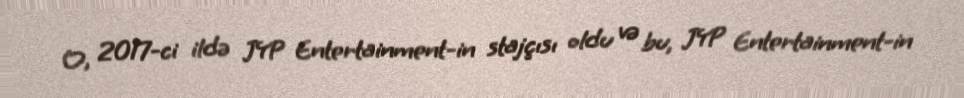
O, 2017-ci ildə JYP Entertainment-in stajçısı oldu və bu, JYP Entertainment-in